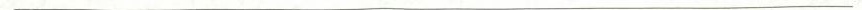
___